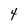
Character: 4